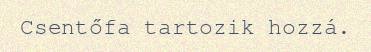
Csentőfa tartozik hozzá.